Report on lock hospitals in British Burma
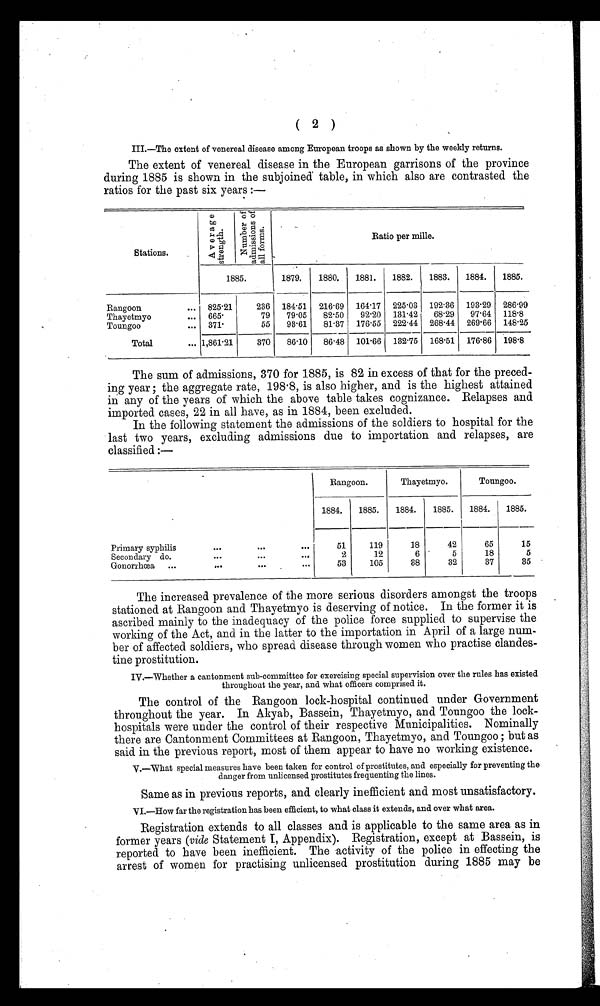
( 2 )
III.—The extent of venereal disease among European troops as shown by the weekly returns.
The extent of venereal disease in the European garrisons of the province
during 1885 is shown in the subjoined table, in which also are contrasted the
ratios for the past six years :—
Stations.
A v e r a g e s t r e n g t h .
N u m b e r o f a d m i s s i o n s o f a l l f o r m s .
Ratio per mille.
1885.
1879.
1880.
1881.
1882.
1883.
1884.
1885.
Rangoon
...
825 . 21
236
184 . 51
216 . 69
164 . 17
225 . 03
192 . 36
193 . 29
286·99
Thayetmyo
...
665·
79
79 . 05
82 . 50
92 . 20
131 . 42
68 . 29
97 . 64
118·8
Toungoo
...
371·
55
93·61
81 . 37
176·55
222 .44
268 . 44
269 . 66
148·25
Total
... 1,861 . 21
370
86 . 10
86·48
101 . 66 132. 75
168 .51
176·86
198·8
The sum of admissions, 370 for 1885, is 82 in excess of that for the preced-
ing year ; the aggregate rate, 198·8, is also higher, and is the highest attained
in any of the years of which the above table takes cognizance. Relapses and
imported cases, 22 in all have, as in 1884, been excluded.
In the following statement the admissions of the soldiers to hospital for the
last two years, excluding admissions due to importation and relapses, are
classified :—
Rangoon.
Thayetmyo.
Toungoo.
1884.
1885.
1884.
1885.
1884.
1885.
Primary syphilis
...
...
. . .
51
119
18
42
65
15
Secondary do.
...
...
. . .
2
12
6
5
18
5
Gonorrhœa
...
...
...
. . .
53
105
38
32
37
35
The increased prevalence of the more serious disorders amongst the troops
stationed at Rangoon and Thayetmyo is deserving of notice. In the former it is
ascribed mainly to the inadequacy of the police force supplied to supervise the
working of the Act, and in the latter to the importation in April of a large num-
ber of affected soldiers, who spread disease through women who practise clandes-
tine prostitution.
IV.—Whether a cantonment sub-committee for exercising special supervision over the rules has existed
throughout the year, and what officers comprised it.
The control of the Rangoon lock-hospital continued under Government
throughout the year. In Akyab, Bassein, Thayetmyo, and Toungoo the lock-
hospitals were under the control of their respective Municipalities. Nominally
there are Cantonment Committees at Rangoon, Thayetmyo, and Toungoo ; but as
said in the previous report, most of them appear to have no working existence.
V.—What special measures have been taken for control of prostitutes, and especially for preventing the
danger from unlicensed prostitutes frequenting the lines.
Same as in previous reports, and clearly inefficient and most unsatisfactory.
VI.—How far the registration has been efficient, to what class it extends, and over what area.
Registration extends to all classes and is applicable to the same area as in
former years (vide Statement I, Appendix). Registration, except at Bassein, is
reported to have been inefficient. The activity of the police in effecting the
arrest of women for practising unlicensed prostitution during 1885 may be